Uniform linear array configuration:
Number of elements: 48
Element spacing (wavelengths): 0.75
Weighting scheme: kaiser
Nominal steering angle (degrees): -30
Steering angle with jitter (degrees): -28.531
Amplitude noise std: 0.05
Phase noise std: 0.05

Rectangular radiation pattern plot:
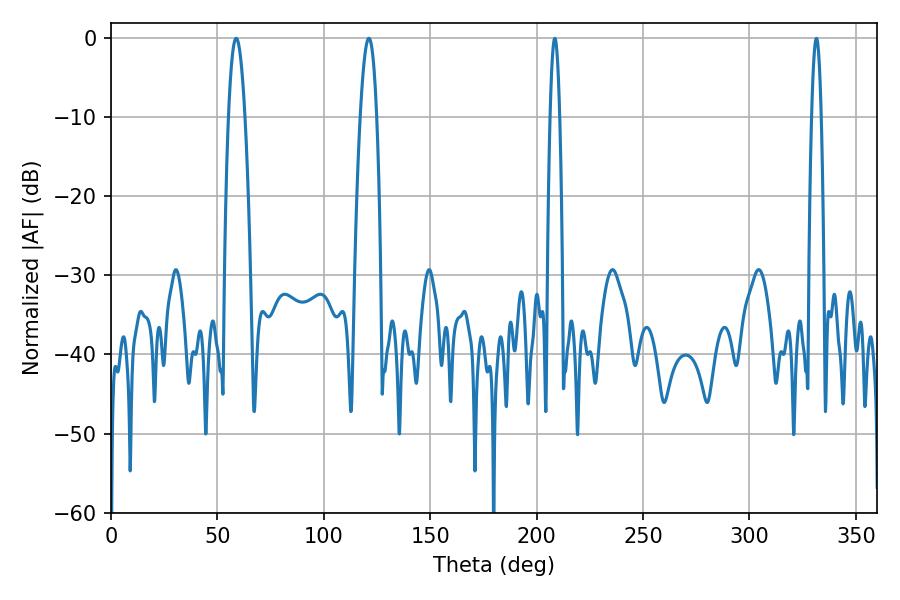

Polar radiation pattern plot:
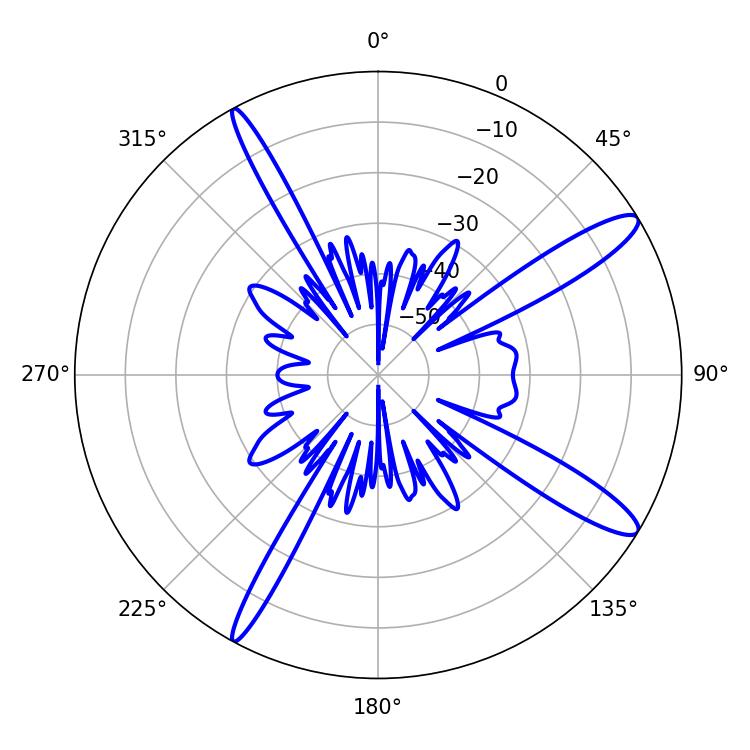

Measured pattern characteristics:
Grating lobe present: TRUE
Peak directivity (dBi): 13.332
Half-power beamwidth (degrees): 4.14
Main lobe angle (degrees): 58.86